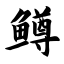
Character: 鳟